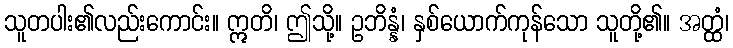
သူတပါး၏လည်းကောင်း။ ဣတိ၊ ဤသို့။ ဥဘိန္နံ၊ နှစ်ယောက်ကုန်သော သူတို့၏။ အတ္ထံ၊